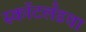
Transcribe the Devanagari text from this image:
स्कॉटलँडचा